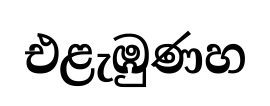
එළැඹුණහ